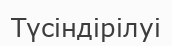
Түсіндірілуі